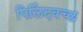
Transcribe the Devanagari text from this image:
पिलिंदवच्छ